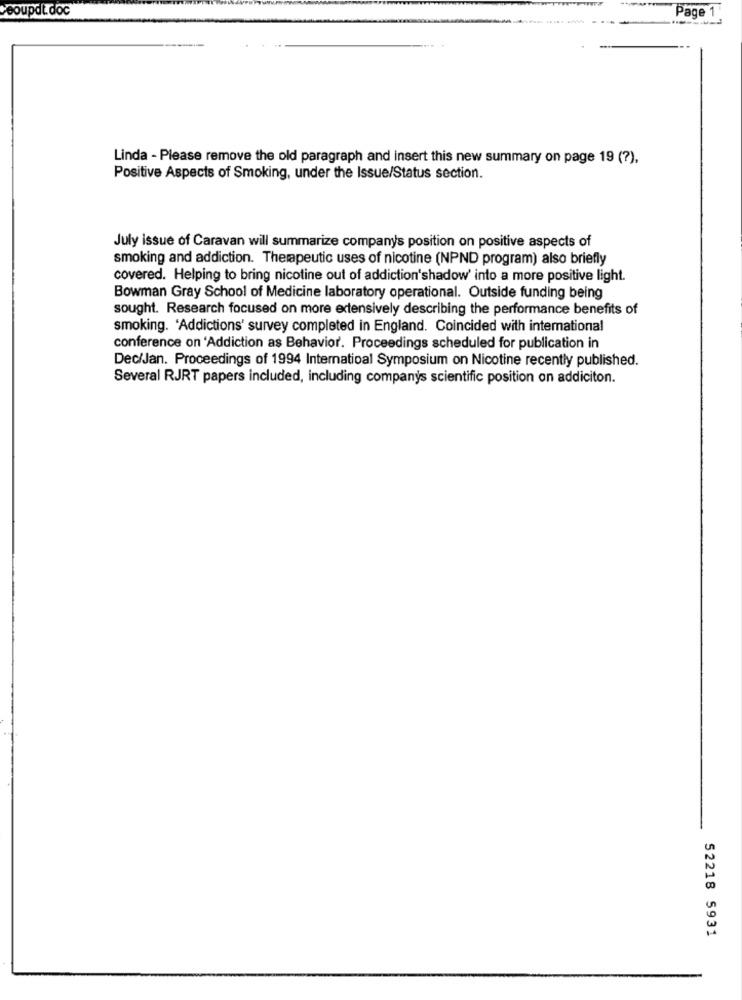
Peoupdt. doc
Page 1
Linda - Please remove the old paragraph and insert this new summary on page 19 (?),
Positive Aspects of Smoking, under the Issue/Status section.
July issue of Caravan will summarize company's position on positive aspects of
smoking and addiction. Therapeutic uses of nicotine (NPND program) also briefly
covered. Helping to bring nicotine out of addiction'shadow' into a more positive light.
Bowman Gray School of Medicine laboratory operational. Outside funding being
sought. Research focused on more extensively describing the performance benefits of
smoking. 'Addictions' survey completed in England. Coincided with international
conference on 'Addiction as Behavior. Proceedings scheduled for publication in
Dec/Jan. Proceedings of 1994 International Symposium on Nicotine recently published.
Several RJRT papers included, including companys scientific position on addiciton.
52218 5931